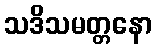
သဒိသမတ္တနော